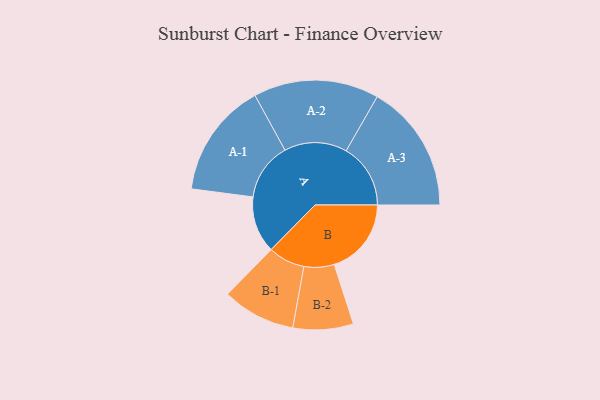
{"axis": {"x": "Segment", "y": "Value"}, "legend": ["", "A", "B"], "data": [{"x": "A", "y": 235, "type": ""}, {"x": "B", "y": 320, "type": ""}, {"x": "A-1", "y": 239, "type": "A"}, {"x": "A-2", "y": 260, "type": "A"}, {"x": "A-3", "y": 267, "type": "A"}, {"x": "B-1", "y": 152, "type": "B"}, {"x": "B-2", "y": 125, "type": "B"}]}